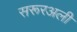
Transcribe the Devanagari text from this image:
सरूरअली